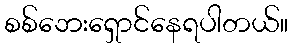
စစ်ဘေးရှောင်နေရပါတယ်။